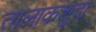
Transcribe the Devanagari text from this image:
तालाकशुदा